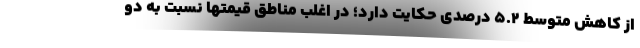
از کاهش متوسط ۵.۲ درصدی حکایت دارد؛ در اغلب مناطق قیمتها نسبت به دو